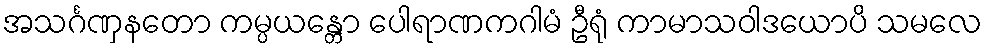
အသင်္ဂဏှနတော ကမ္ပယန္တော ပေါရာဏကဂါမံ ဦရုံ ကာမာသဝါဒယောပိ သမလေ